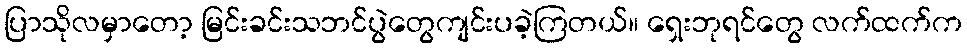
ပြာသိုလမှာတော့ မြင်းခင်းသဘင်ပွဲတွေကျင်းပခဲ့ကြတယ်။ ရှေးဘုရင်တွေ လက်ထက်က